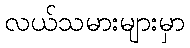
လယ်သမားများမှာ